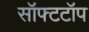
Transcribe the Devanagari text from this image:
सॉफ्टटॉप